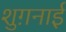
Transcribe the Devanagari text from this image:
शुग़नाई